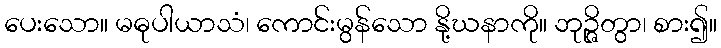
ပေးသော။ မဓုပါယာသံ၊ ကောင်းမွန်သော နို့ဃနာကို။ ဘုဉ္ဇိတွာ၊ စား၍။